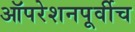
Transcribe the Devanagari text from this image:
ऑपरेशनपूर्वीच